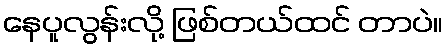
နေပူလွန်းလို့ ဖြစ်တယ်ထင် တာပဲ။